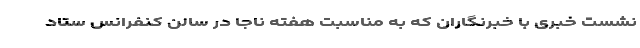
نشست خبری با خبرنگاران که به مناسبت هفته ناجا در سالن کنفرانس ستاد